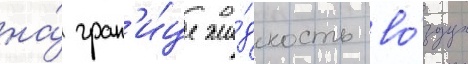
на́ гран'и́це жи́дкость во́здух